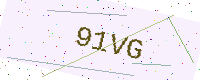
Text: 91VG